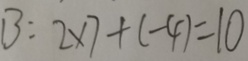
B : 2 \times 7 + ( - 4 ) = 1 0